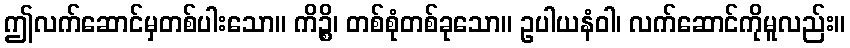
ဤလက်ဆောင်မှတစ်ပါးသော။ ကိဉ္စိ၊ တစ်စုံတစ်ခုသော။ ဥပါယနံဝါ၊ လက်ဆောင်ကိုမူလည်း။